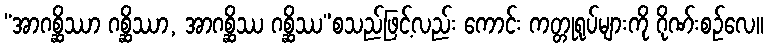
“အာဂစ္ဆိဿာ ဂစ္ဆိဿာ, အာဂစ္ဆိဿ ဂစ္ဆိဿ”စသည်ဖြင့်လည်း ကောင်း ကတ္တုရုပ်များကို ဂိုဏ်းစဉ်လေ။